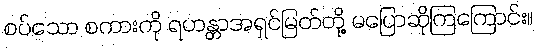
စပ်သော စကားကို ရဟန္တာအရှင်မြတ်တို့ မပြောဆိုကြကြောင်း။